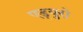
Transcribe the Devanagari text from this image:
एड्‌युरो